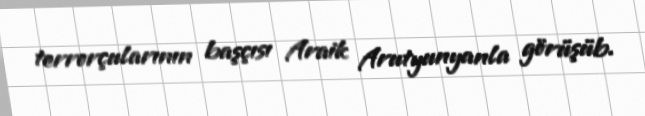
terrorçularının başçısı Araik Arutyunyanla görüşüb.